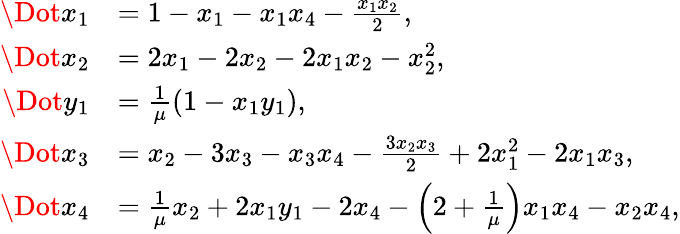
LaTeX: \begin{array}{rl}{\Dot{x_{1}}}&{=1-x_{1}-x_{1}x_{4}-\frac{x_{1}x_{2}}{2},}\\ {\Dot{x_{2}}}&{=2x_{1}-2x_{2}-2x_{1}x_{2}-x_{2}^{2},}\\ {\Dot{y_{1}}}&{=\frac{1}{\mu}\left(1-x_{1}y_{1}\right),}\\ {\Dot{x_{3}}}&{=x_{2}-3x_{3}-x_{3}x_{4}-\frac{3x_{2}x_{3}}{2}+2x_{1}^{2}-2x_{1}x_{3},}\\ {\Dot{x_{4}}}&{=\frac{1}{\mu}x_{2}+2x_{1}y_{1}-2x_{4}-\left(2+\frac{1}{\mu}\right)x_{1}x_{4}-x_{2}x_{4},}\end{array}